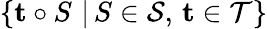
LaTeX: \{ \mathbf t\circ S\, \, |\, S\in\mathcal S,\, \mathbf t\in\mathcal T\}